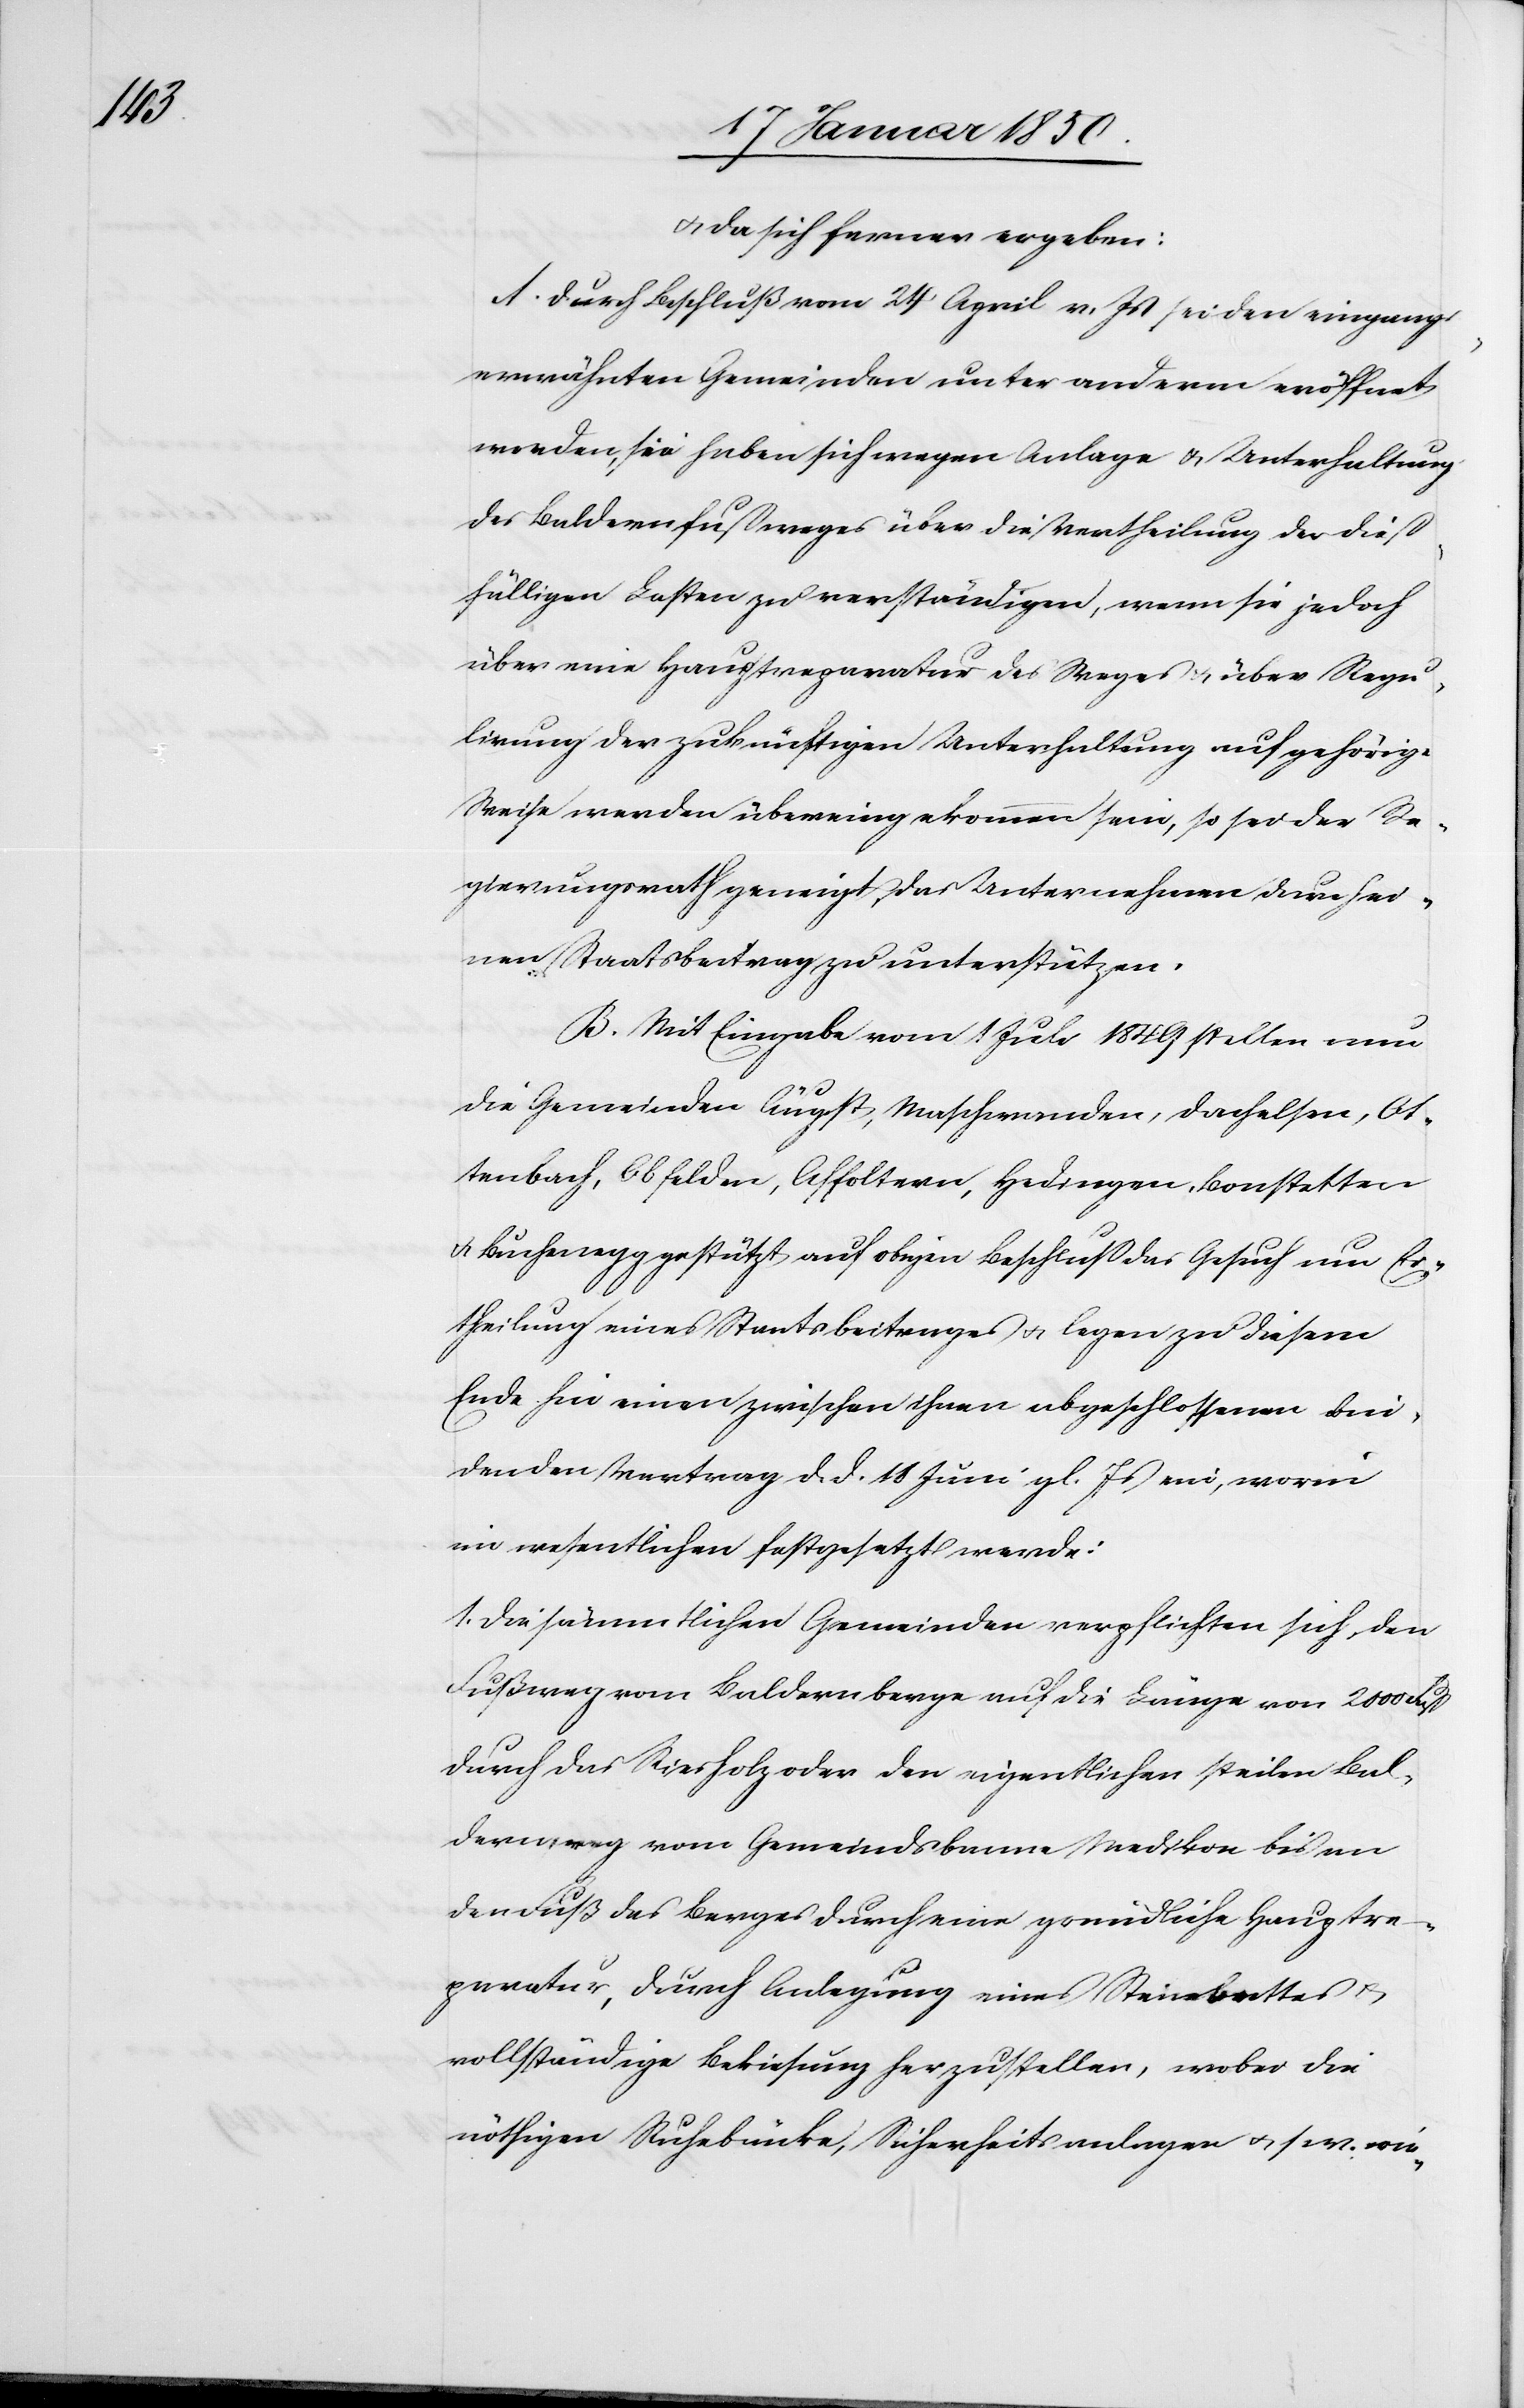
u. da sich ferner ergeben:
A. Durch Beschluß vom 24 April v. Js sei den eingangs¬
erwähnten Gemeinden unter anderm eröffnet
worden, sie haben sich wegen Anlage u. Unterhaltung
des Baldernfußweges über die Vertheilung der dieß¬
fälligen Lasten zu verständigen, wenn sie jedoch
über eine Hauptreparatur des Weges u. über Regu¬
lirung der zukünftigen Unterhaltung auf gehörige
Weise werden übereingekommen sein, so sei der Re¬
gierungsrath geneigt, das Unternehmen durch ei¬
nen Staatsbeitrag zu unterstützen.
B. Mit Eingabe vom 1 Juli 1849 stellen nun
die Gemeinden Äugst, Maschwanden, Dachelsen, Ot¬
tenbach, Obfelden, Affoltern, Hedingen, Bonstetten
u. Buchenegg gestützt auf obigen Beschluß das Gesuch um Er¬
theilung eines Staatsbeitrages u. legen zu diesem
Ende hin einen zwischen ihnen abgeschlossenen bi¬
ndenden Vertrag d. d. 18 Juni gl. Js ein, worin
im wesentlichen festgesetzt werde:
1. Die sämmtlichen Gemeinden verpflichten sich, den
Fußweg vom Baldernberge auf die Länge von 2000 Fuß
durch das Riesholz oder den eigentlichen steilen Bal¬
dernweg vom Gemeindsbanne Medikon bis an
den Fuß des Berges durch eine gründliche Hauptre¬
peratur, durch Anlegung eines Steinbettes u.
vollständige Bekiesung herzustellen, wobei die
nöthigen Ruhebänke, Sicherheitsanlagen u. s. w. wie-